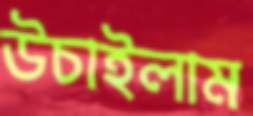
উচাইলাম